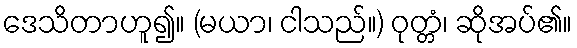
ဒေသိတာဟူ၍။ (မယာ၊ ငါသည်။) ဝုတ္တံ၊ ဆိုအပ်၏။